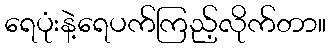
ရေပုံးနဲ့ရေပက်ကြည့်လိုက်တာ။